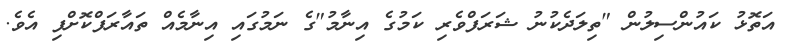
އަތޮޅު ކައުންސިލުން "ތިލަދެކުނު ޝަރަފްވެރި ކަމުގެ އިނާމު"ގެ ނަމުގައި އިނާމެއް ތައާރަފްކޮށްފި އެވެ.